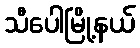
သီပေါမြို့နယ်